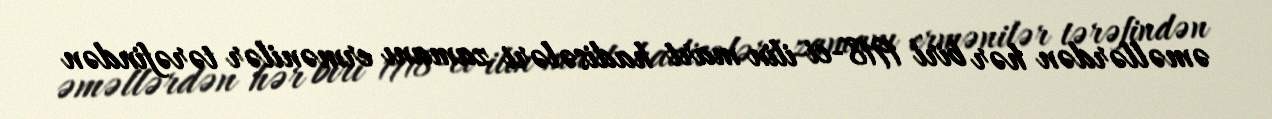
əməllərdən hər biri 1918-ci ilin mart hadisələri zamanı ermənilər tərəfindən